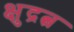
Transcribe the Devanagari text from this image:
क्षुद्रत्व